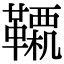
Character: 𩍊